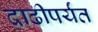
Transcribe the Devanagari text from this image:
दाढीपर्यंत